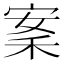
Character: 䅁